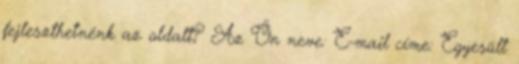
fejleszthetnénk az oldalt? Az Ön neve: E-mail címe: Egyesült